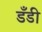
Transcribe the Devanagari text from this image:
डँडी